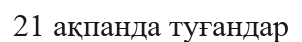
21 ақпанда туғандар